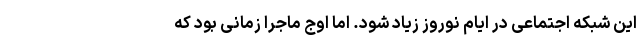
این شبکه اجتماعی در ایام نوروز زیاد شود. اما اوج ماجرا زمانی بود که